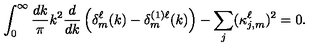
\int _ { 0 } ^ { \infty } \frac { d k } { \pi } k ^ { 2 } \frac { d } { d k } \left( \delta _ { m } ^ { \ell } ( k ) - \delta _ { m } ^ { ( 1 ) \ell } ( k ) \right) - \sum _ { j } ( \kappa _ { j , m } ^ { \ell } ) ^ { 2 } = 0 .